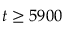
t \geq 5 9 0 0